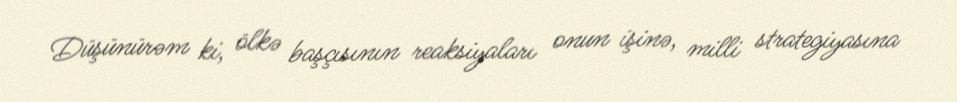
Düşünürəm ki, ölkə başçısının reaksiyaları onun işinə, milli strategiyasına